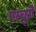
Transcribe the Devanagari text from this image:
एस्चुरी